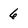
Character: 6